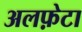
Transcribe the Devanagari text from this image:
अलफ़ेटा